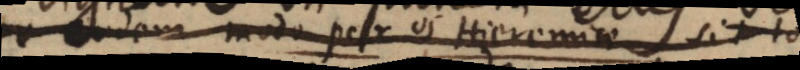
eodem modo per os Hieremiae sit